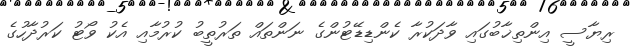
ރިޔާސީ އިންތިޚާބުގައި ވާދަކުރާ ކެންޑިޑޭޓުންގެ ނަންތައް ތަރުތީބު ކުރުމާއި އެކު ވޯޓު ކަރުދާހުގެ